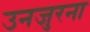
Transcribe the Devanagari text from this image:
उनजुरना